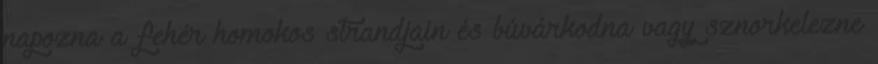
napozna a fehér homokos strandjain és búvárkodna vagy sznorkelezne